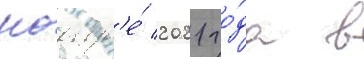
ноабр'е́ 2021 го́да в